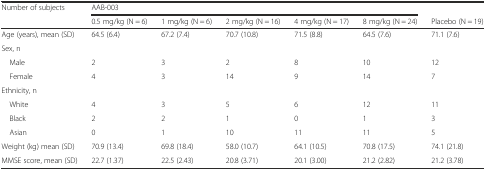
<table><thead><tr><td rowspan="2"><b>Number of subjects</b></td><td colspan="5"><b>AAB-003</b></td><td></td></tr><tr><td><b>0.5 mg/kg (N = 6)</b></td><td><b>1 mg/kg (N = 6)</b></td><td><b>2 mg/kg (N = 16)</b></td><td><b>4 mg/kg (N = 17)</b></td><td><b>8 mg/kg (N = 24)</b></td><td><b>Placebo (N = 19)</b></td></tr></thead><tbody><tr><td>Age (years), mean (SD)</td><td>64.5 (6.4)</td><td>67.2 (7.4)</td><td>70.7 (10.8)</td><td>71.5 (8.8)</td><td>64.5 (7.6)</td><td>71.1 (7.6)</td></tr><tr><td>Sex, n</td><td></td><td></td><td></td><td></td><td></td><td></td></tr><tr><td> Male</td><td>2</td><td>3</td><td>2</td><td>8</td><td>10</td><td>12</td></tr><tr><td> Female</td><td>4</td><td>3</td><td>14</td><td>9</td><td>14</td><td>7</td></tr><tr><td>Ethnicity, n</td><td></td><td></td><td></td><td></td><td></td><td></td></tr><tr><td> White</td><td>4</td><td>3</td><td>5</td><td>6</td><td>12</td><td>11</td></tr><tr><td> Black</td><td>2</td><td>2</td><td>1</td><td>0</td><td>1</td><td>3</td></tr><tr><td> Asian</td><td>0</td><td>1</td><td>10</td><td>11</td><td>11</td><td>5</td></tr><tr><td>Weight (kg) mean (SD)</td><td>70.9 (13.4)</td><td>69.8 (18.4)</td><td>58.0 (10.7)</td><td>64.1 (10.5)</td><td>70.8 (17.5)</td><td>74.1 (21.8)</td></tr><tr><td>MMSE score, mean (SD)</td><td>22.7 (1.37)</td><td>22.5 (2.43)</td><td>20.8 (3.71)</td><td>20.1 (3.00)</td><td>21.2 (2.82)</td><td>21.2 (3.78)</td></tr></tbody></table>